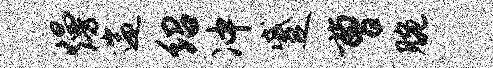
熳遄绍冲蹙曹腕